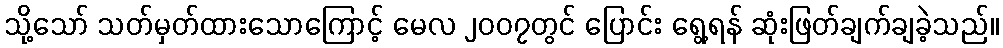
သို့သော် သတ်မှတ်ထားသောကြောင့် မေလ ၂၀၀၇တွင် ပြောင်း ရွေ့ရန် ဆုံးဖြတ်ချက်ချခဲ့သည်။